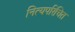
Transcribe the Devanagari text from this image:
नित्यपरिचित